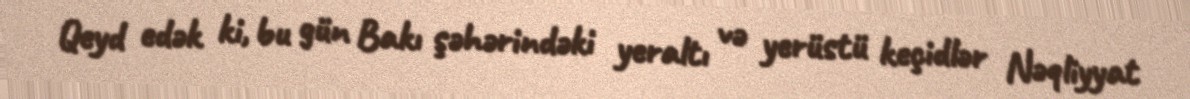
Qeyd edək ki, bu gün Bakı şəhərindəki yeraltı və yerüstü keçidlər Nəqliyyat